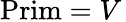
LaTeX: {\mathrm{Prim}}=V\,